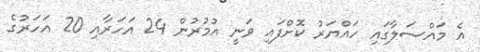
އެ މައްސަލާގައި ހައްޔަރު ކޮށްފައި ވަނީ އުމުރުން 24 އަހަރާއި 20 އަހަރުގެ